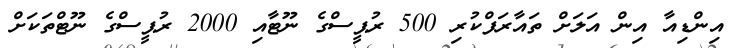
އިންޑިއާ އިން އަލަށް ތައާރަފްކުރި 500 ރުޕީސްގެ ނޫޓާއި 2000 ރުޕީސްގެ ނޫޓްތަކަށް